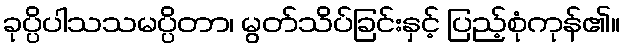
ခုပ္ပိပါသသမပ္ပိတာ၊ မွတ်သိပ်ခြင်းနှင့် ပြည့်စုံကုန်၏။